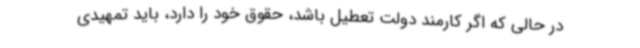
در حالی که اگر کارمند دولت تعطیل باشد، حقوق خود را دارد، باید تمهیدی